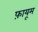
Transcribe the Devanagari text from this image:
फ़ायूम